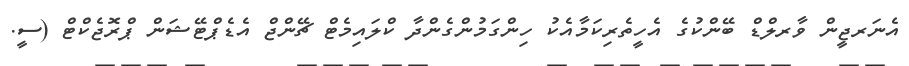
އެނަރޖީން ވާރލްޑް ބޭންކުގެ އެހީތެރިކަމާއެކު ހިންގަމުންގެންދާ ކްލައިމެޓް ޗޭންޖް އެޑެޕްޓޭޝަން ޕްރޮޖެކްޓް (ސީ.